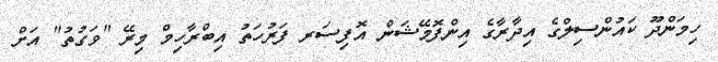
ހިމަންދޫ ކައުންސިލްގެ އިދާރާގެ އިންފޮމޭޝަން އޮފިސަރ ފަރުހަތު އިބްރާހިމް މިރޭ "ވަގުތު" އަށް